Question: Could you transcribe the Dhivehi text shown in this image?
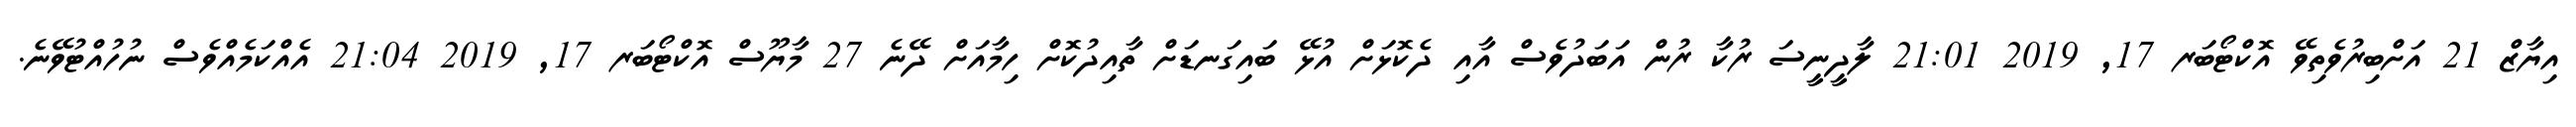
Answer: އިޔާޒް 21 އަށްބިރުވެތިވޭ އޮކްޓޯބަރ 17, 2019 21:01 ލާދީނީސަ ރުކާ ރުން އަބަދުވެސް އާއި ދެކޮޅަށް އުޅޭ ބައިގަނޑަށް ތާއިދުކޮށް ހިމާއަށް ދޭނެ 27 މާޔޫސް އޮކްޓޯބަރ 17, 2019 21:04 އެއްކަމެއްވެސް ނުހުއްޓުވޭނެ.